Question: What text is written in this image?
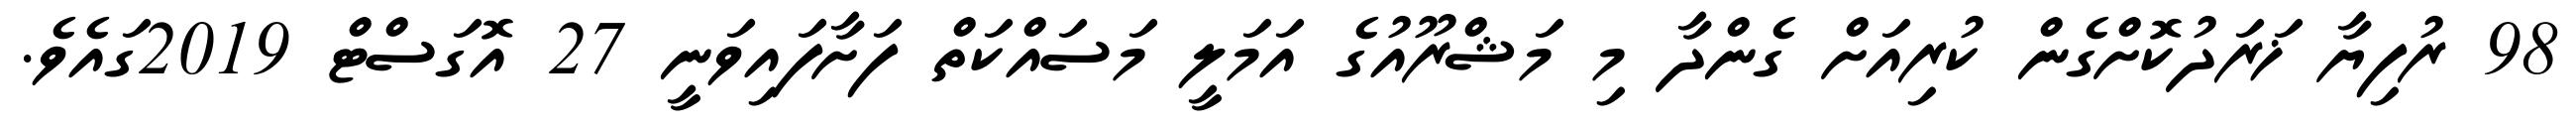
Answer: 98 ރުފިޔާ ޚަރަދުކޮށްގެން ކުރިއަށް ގެންދާ މި މަޝްރޫއުގެ އަމަލީ މަސައްކަތް ފަށާފައިވަނީ 27 އޮގަސްޓް 2019ގައެވެ.